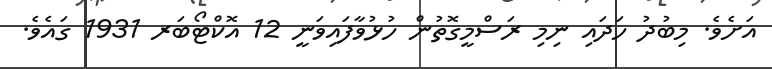
އަށެވެ. މިބުދު ހަދައި ނިމި ރަސްމީގޮތުން ހުޅުވާފައިވަނީ 12 އޮކްޓޯބަރ 1931 ގައެވެ.